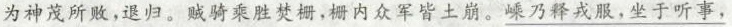
为神茂所败，退归。贼骑乘胜焚栅，栅内众军皆土崩。\underline{嵊乃释戎服，坐于听事，}